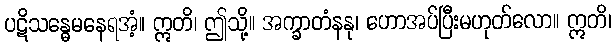
ပဋိသန္ဓေမနေရအံ့။ ဣတိ၊ ဤသို့။ အက္ခာတံနနု၊ ဟောအပ်ပြီးမဟုတ်လော။ ဣတိ၊